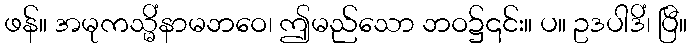
ဖန်။ အမုကသ္မိံနာမဘဝေ၊ ဤမည်သော ဘဝ၌၎င်း။ ပ။ ဥဒပါဒိံ၊ ပြီ။